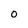
Character: O